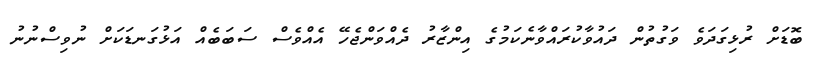
ބޮޑަށް ރުޅިގަދަވެ ވަގުތުން ދައުވާކުރައްވާނެކަމުގެ އިންޒާރު ދެއްވަންޖެހޭ އެއްވެސް ސަބަބެއް އަޅުގަނޑަކަށް ނުވިސްނުނު